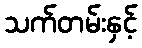
သက်တမ်းနှင့်